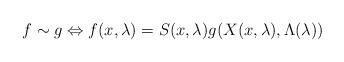
LaTeX: \begin{align*}f\sim g \Leftrightarrow f(x, \lambda)= S(x, \lambda)g(X(x, \lambda), \Lambda(\lambda))\end{align*}